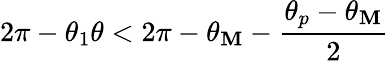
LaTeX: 2\pi-\theta_{1}\le\theta<2\pi-\theta_{\mathbf{M}}-\frac{{\theta_{p}-\theta_{\mathbf{M}}}}{{2}}